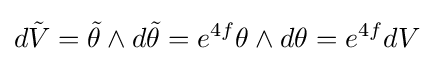
d{\tilde {V}}={\tilde {\theta }}\wedge d{\tilde {\theta }}=e^{4f}\theta \wedge d\theta =e^{4f}dV